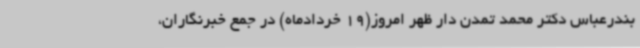
بندرعباس دکتر محمد تمدن دار ظهر امروز(19 خردادماه) در جمع خبرنگاران،